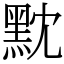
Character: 黕